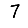
Digit: 7